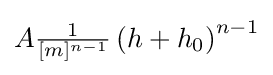
{\textstyle A{\frac {1}{[m]^{n-1}}}\left(h+h_{0}\right)^{n-1}}